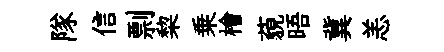
隊信剽棃乗檜藐晤冀恙